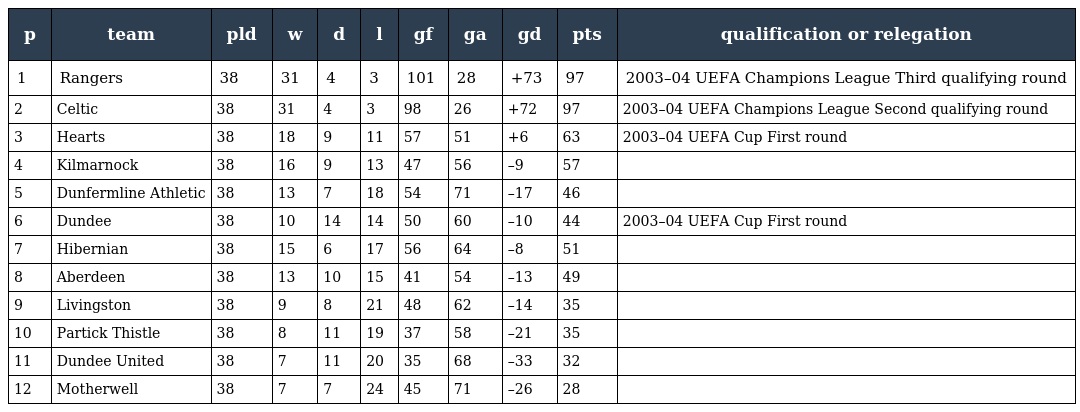
| p | team | pld | w | d | l | gf | ga | gd | pts | qualification or relegation |
 | --- | --- | --- | --- | --- | --- | --- | --- | --- | --- | --- |
 | 1 | Rangers | 38 | 31 | 4 | 3 | 101 | 28 | +73 | 97 | 2003–04 UEFA Champions League Third qualifying round |
 | 2 | Celtic | 38 | 31 | 4 | 3 | 98 | 26 | +72 | 97 | 2003–04 UEFA Champions League Second qualifying round |
 | 3 | Hearts | 38 | 18 | 9 | 11 | 57 | 51 | +6 | 63 | 2003–04 UEFA Cup First round |
 | 4 | Kilmarnock | 38 | 16 | 9 | 13 | 47 | 56 | –9 | 57 |  |
 | 5 | Dunfermline Athletic | 38 | 13 | 7 | 18 | 54 | 71 | –17 | 46 |  |
 | 6 | Dundee | 38 | 10 | 14 | 14 | 50 | 60 | –10 | 44 | 2003–04 UEFA Cup First round |
 | 7 | Hibernian | 38 | 15 | 6 | 17 | 56 | 64 | –8 | 51 |  |
 | 8 | Aberdeen | 38 | 13 | 10 | 15 | 41 | 54 | –13 | 49 |  |
 | 9 | Livingston | 38 | 9 | 8 | 21 | 48 | 62 | –14 | 35 |  |
 | 10 | Partick Thistle | 38 | 8 | 11 | 19 | 37 | 58 | –21 | 35 |  |
 | 11 | Dundee United | 38 | 7 | 11 | 20 | 35 | 68 | –33 | 32 |  |
 | 12 | Motherwell | 38 | 7 | 7 | 24 | 45 | 71 | –26 | 28 |  |